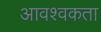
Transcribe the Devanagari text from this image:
आवश्वकता